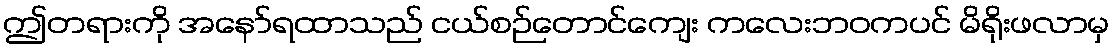
ဤတရားကို အနော်ရထာသည် ငယ်စဉ်တောင်ကျေး ကလေးဘဝကပင် မိရိုးဖလာမှ